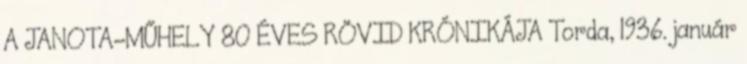
A JANOTA-MŰHELY 80 ÉVES RÖVID KRÓNIKÁJA Torda, 1936. január